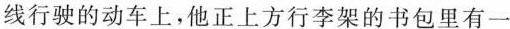
线行驶的动车上，他正上方行李架的书包里有一